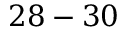
2 8 - 3 0